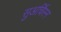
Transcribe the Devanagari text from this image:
सुअर्चिरन